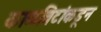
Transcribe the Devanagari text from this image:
काळविटांकडून